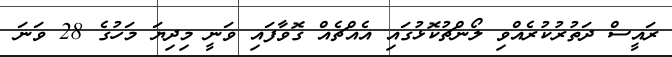
ރައީސް ދަތުރުކުރެއްވި ލޯންޗުކޮޅުގައި އެއްޗެއް ގޮވާފައި ވަނީ މިދިޔަ މަހުގެ 28 ވަނަ